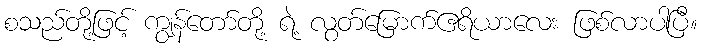
စသည်တို့ဖြင့် ကျွန်တော်တို့ ရဲ့ လွတ်မြောက်ဧရိယာလေး ဖြစ်လာပါပြီ။